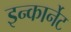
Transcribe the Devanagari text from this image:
इन्कार्नेट